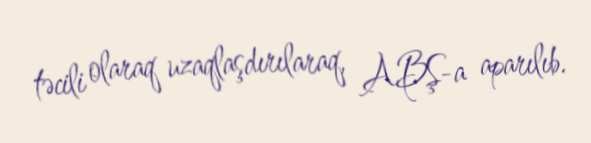
təcili olaraq uzaqlaşdırılaraq, ABŞ-a aparılıb.